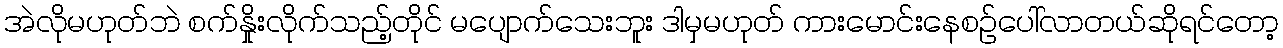
အဲလိုမဟုတ်ဘဲ စက်နှိုးလိုက်သည့်တိုင် မပျောက်သေးဘူး ဒါမှမဟုတ် ကားမောင်းနေစဉ်ပေါ်လာတယ်ဆိုရင်တော့